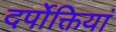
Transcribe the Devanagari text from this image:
दर्पोक्तियां